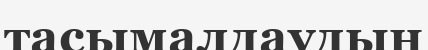
тасымалдаудың